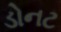
ડોનટ